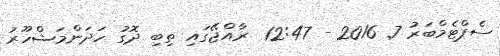
ސެޕްޓެމްބަރު 7